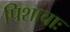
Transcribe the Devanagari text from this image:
पिशाचाः